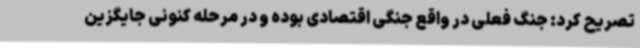
تصریح کرد: جنگ فعلی در واقع جنگی اقتصادی بوده و در مرحله کنونی جایگزین